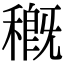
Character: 穊